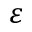
\varepsilon